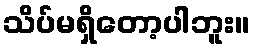
သိပ်မရှိတော့ပါဘူး။